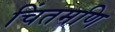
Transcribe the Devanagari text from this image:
चिंतमणि